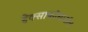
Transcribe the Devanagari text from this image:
हेक्साकोसानॉल